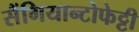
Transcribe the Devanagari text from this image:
सैंगियान्टोफेट्टी